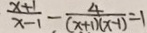
\frac { x + 1 } { x - 1 } - \frac { 4 } { ( x + 1 ) ( x - 1 ) } = 1